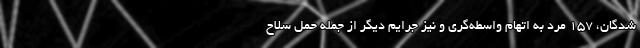
شدگان، ۱۵۷ مرد به اتهام واسطه‌گری و نیز جرایم دیگر از جمله حمل سلاح